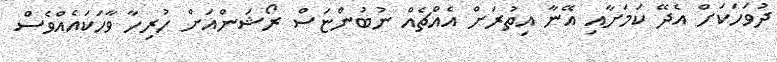
ދުވަހަކަށް އެދޭ ކަމަށާއި އޭނާ އިތުރަށް އެއްޗެއް ނުބުންޏަސް ރޯޝަންއަށް ހުރިހާ ވާހަކައެއްވެސް